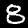
Label: 8